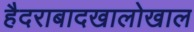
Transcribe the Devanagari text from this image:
हैदराबादखालोखाल